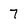
Character: 7